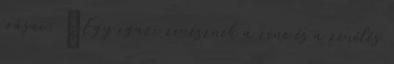
í­rásai: „Egy igazi zenésznek a zene és a zenélés